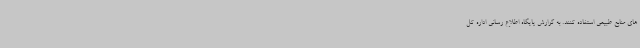
های منابع طبیعی استفاده کنند. به گزارش پایگاه اطلاع رسانی اداره کل